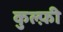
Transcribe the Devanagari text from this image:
कुल्फ़ी